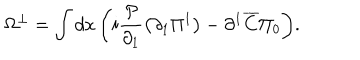
\Omega ^ { \bot } = \int { d x \left( { i \frac { { \cal P } } { { \partial _ { 1 } } } \left( { \partial _ { 1 } \Pi ^ { 1 } } \right) - \partial ^ { 1 } \overline { { C } } \Pi _ { 0 } } \right) } .